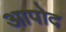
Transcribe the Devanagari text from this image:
आपोद